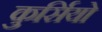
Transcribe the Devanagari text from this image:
कुर्सियो